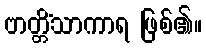
ဗာတ္တိံသာကာရ ဖြစ်၏။